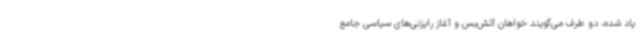
یاد شده، دو طرف می‌گویند خواهان آتش‌بس و آغاز رایزنی‌های سیاسی جامع